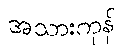
အသားကုန်